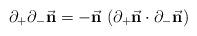
LaTeX: \begin{align*}\partial_+\partial_-{\vec {\bf n}}=-{\vec {\bf n}} \,\,(\partial_+{\vec {\bf n}} \cdot \partial_-{\vec {\bf n}})\end{align*}